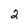
Character: 2